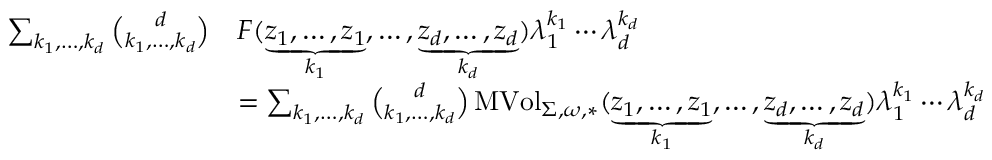
\begin{array} { r l } { \sum _ { k _ { 1 } , \dots , k _ { d } } { \binom { d } { k _ { 1 } , \dots , k _ { d } } } } & { F ( \underbrace { z _ { 1 } , \dots , z _ { 1 } } _ { k _ { 1 } } , \dots , \underbrace { z _ { d } , \dots , z _ { d } } _ { k _ { d } } ) \lambda _ { 1 } ^ { k _ { 1 } } \cdots \lambda _ { d } ^ { k _ { d } } } \\ & { = \sum _ { k _ { 1 } , \dots , k _ { d } } { \binom { d } { k _ { 1 } , \dots , k _ { d } } } \operatorname { M V o l } _ { \Sigma , \omega , * } ( \underbrace { z _ { 1 } , \dots , z _ { 1 } } _ { k _ { 1 } } , \dots , \underbrace { z _ { d } , \dots , z _ { d } } _ { k _ { d } } ) \lambda _ { 1 } ^ { k _ { 1 } } \cdots \lambda _ { d } ^ { k _ { d } } } \end{array}